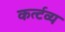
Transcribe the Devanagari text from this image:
कर्त्टव्य